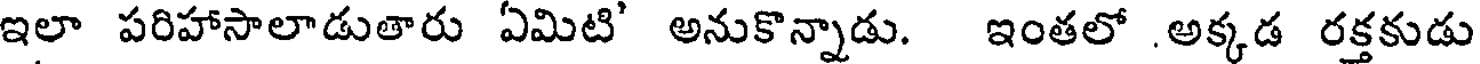
ఇలా పరిహాసాలాడుతారు ఏమిటి' అనుకొన్నాడు. ఇంతలో .అక్కడ రక్తకుడు